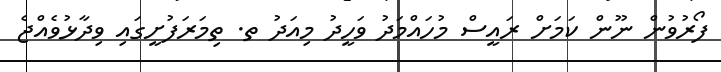
ފޯރުވުން ނޫން ކަމަށް ރައީސް މުހައްމަދު ވަހީދު މިއަދު ތ. ތިމަރަފުށީގައި ވިދާޅުވެއްޖެ